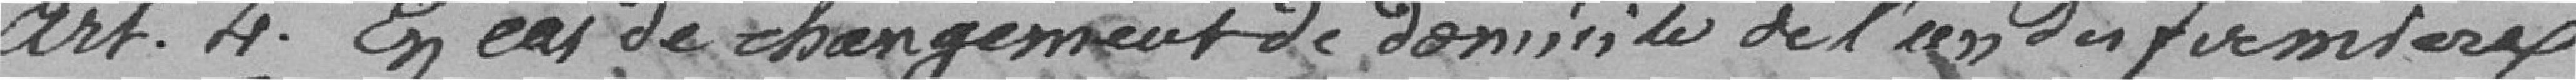
Art.4 En cas de changement de domicile de l'un des fermiers